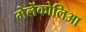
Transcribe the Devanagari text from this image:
मेलेंकोलिआ